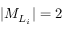
\vert { M } _ { { L } _ { i } } \vert = 2